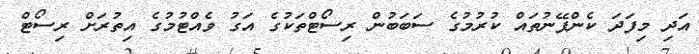
އަދި މިފަދަ ކެންޕޭނުތައް ކުރުމުގެ ސަބަބުން ރިސޯޓްތަކުގެ އަގު ވެއްޓުމުގެ އިތުރަށް ރިސޯޓް